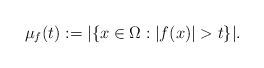
LaTeX: \begin{align*} \mu_f(t) := |\{x \in \Omega : |f(x)| > t\}|.\end{align*}